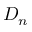
D _ { n }